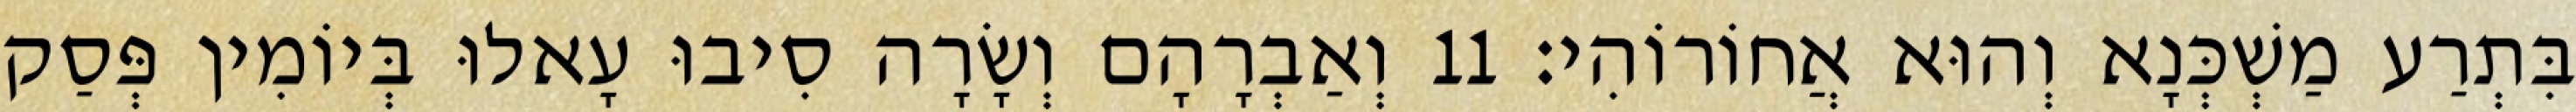
בִּתְרַע מַשְׁכְּנָא וְהוּא אֲחוֹרוֹהִי׃ 11 וְאַבְרָהָם וְשָׂרָה סִיבוּ עָאלוּ בְּיוֹמִין פְּסַק